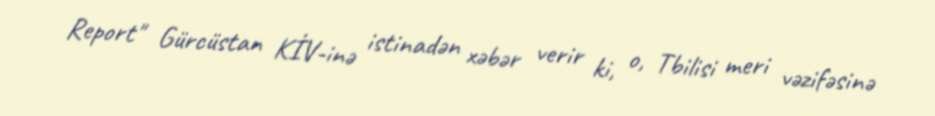
Report" Gürcüstan KİV-inə istinadən xəbər verir ki, o, Tbilisi meri vəzifəsinə